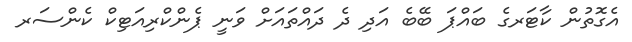
އެގޮތުން ކާޓަރގެ ބައްޕަ ބޭބެ އަދި ދެ ދައްތައަށް ވަނީ ޕެންކްރިއަޓިކް ކެންސަރ